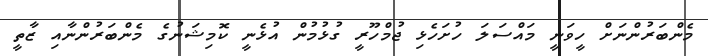
މެންބަރުންނަށް ހީވަނީ މައްސަލަ ހުށަހެޅި ޖުމްހޫރީ ގުޅުމުން އުޅެނީ ކޮމިޝަނުގެ މެންބަރުންނާއި ޒާތީ